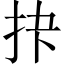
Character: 𪭣